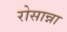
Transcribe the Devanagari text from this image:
रोसान्ना